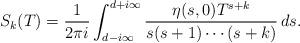
LaTeX: \begin{align*} S_k(T) = \frac{1}{2\pi i }\int_{d-i\infty}^{d+i \infty} \frac{\eta(s,0)T^{s+k}}{s(s+1) \cdots (s+k)}\,ds. \end{align*}